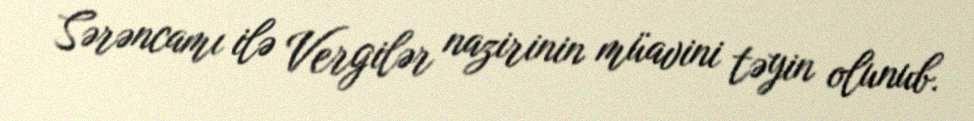
Sərəncamı ilə Vergilər nazirinin müavini təyin olunub.